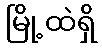
မြို့ထဲရှိ